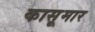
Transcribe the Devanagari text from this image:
कासूमार